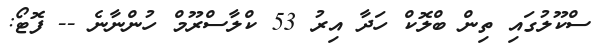
ސްކޫލުގައި ތިން ބްލޮކް ހަދާ އިރު 53 ކްލާސްރޫމް ހުންނާނެ -- ފޮޓޯ: